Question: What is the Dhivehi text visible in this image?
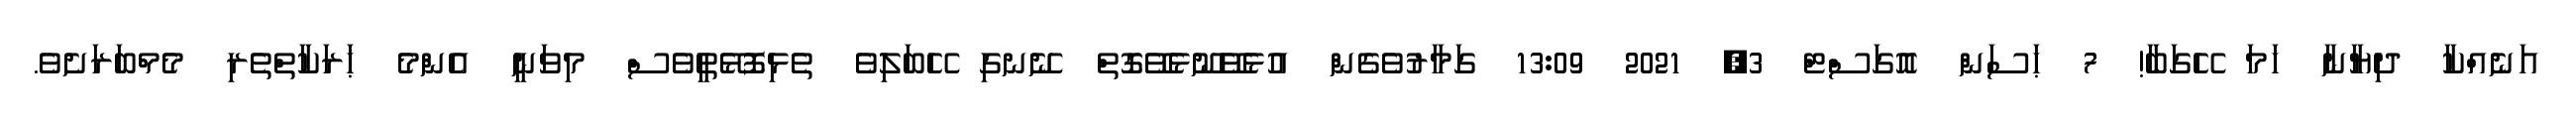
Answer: އަނެއްކާ ދިޔާނާ ހަމަ ހޭގަބާ! 7 ޙަސަން އޮގަސްޓް 3, 2021 13:09 ގަމާރުވެގެން އުޅެވޭނޫޅެވޭގޮތް ނޭނގި ހޭބަލިވެ ތެޅިފޮޅޭތީވެސް މިވަނީ އެންމެ ޙަރަކާތްތެރި މެމްބަރަށެވެ.